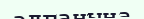
алғанына